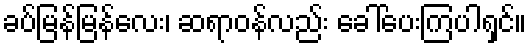
ခပ်မြန်မြန်လေး၊ ဆရာဝန်လည်း ခေါ်ပေးကြပါရှင်။